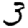
Digit: 3